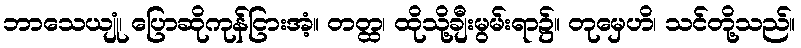
ဘာသေယျုံ၊ ပြောဆိုကုန်ငြားအံ့။ တတ္ထ၊ ထိုသို့ချီးမွမ်းရာ၌။ တုမှေဟိ၊ သင်တို့သည်။